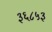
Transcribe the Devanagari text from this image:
३६८५३